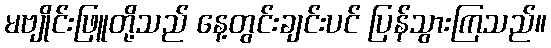
မဗျိုင်းဖြူတို့သည် နေ့တွင်းချင်းပင် ပြန်သွားကြသည်။